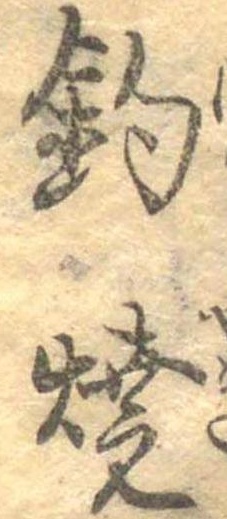
釣焼